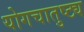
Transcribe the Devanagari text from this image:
योगचातुष्ट्य